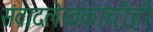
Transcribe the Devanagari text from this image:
संवादलेखकांचीही